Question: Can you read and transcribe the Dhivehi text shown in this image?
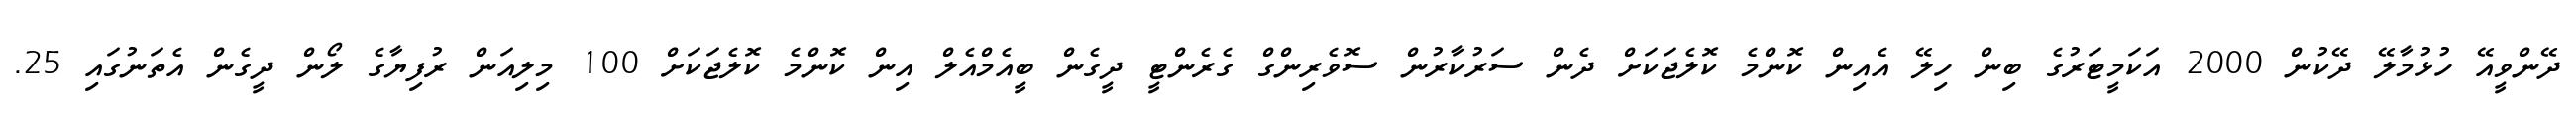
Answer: ދޭންވީއޭ ހުޅުމާލޭ ދޭކުން 2000 އަކަމީޓަރުގެ ބިން ހިލޭ އެއިން ކޮންމެ ކޮލެޖަކަށް ދެން ސަރުކާރުން ސޮވެރިންގް ގެރެންޓީ ދީގެން ބީއެމްއެލް އިން ކޮންމެ ކޮލެޖަކަށް 100 މިލިއަން ރުފިޔާގެ ލޯން ދީގެން އެތަނުގައި 25.